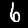
Digit: 6